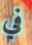
في